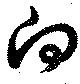
向